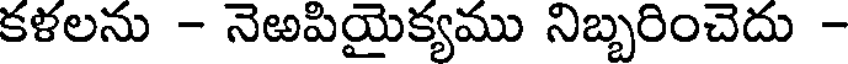
కళలను - నెఱపియైక్యము నిబ్బరించెదు -